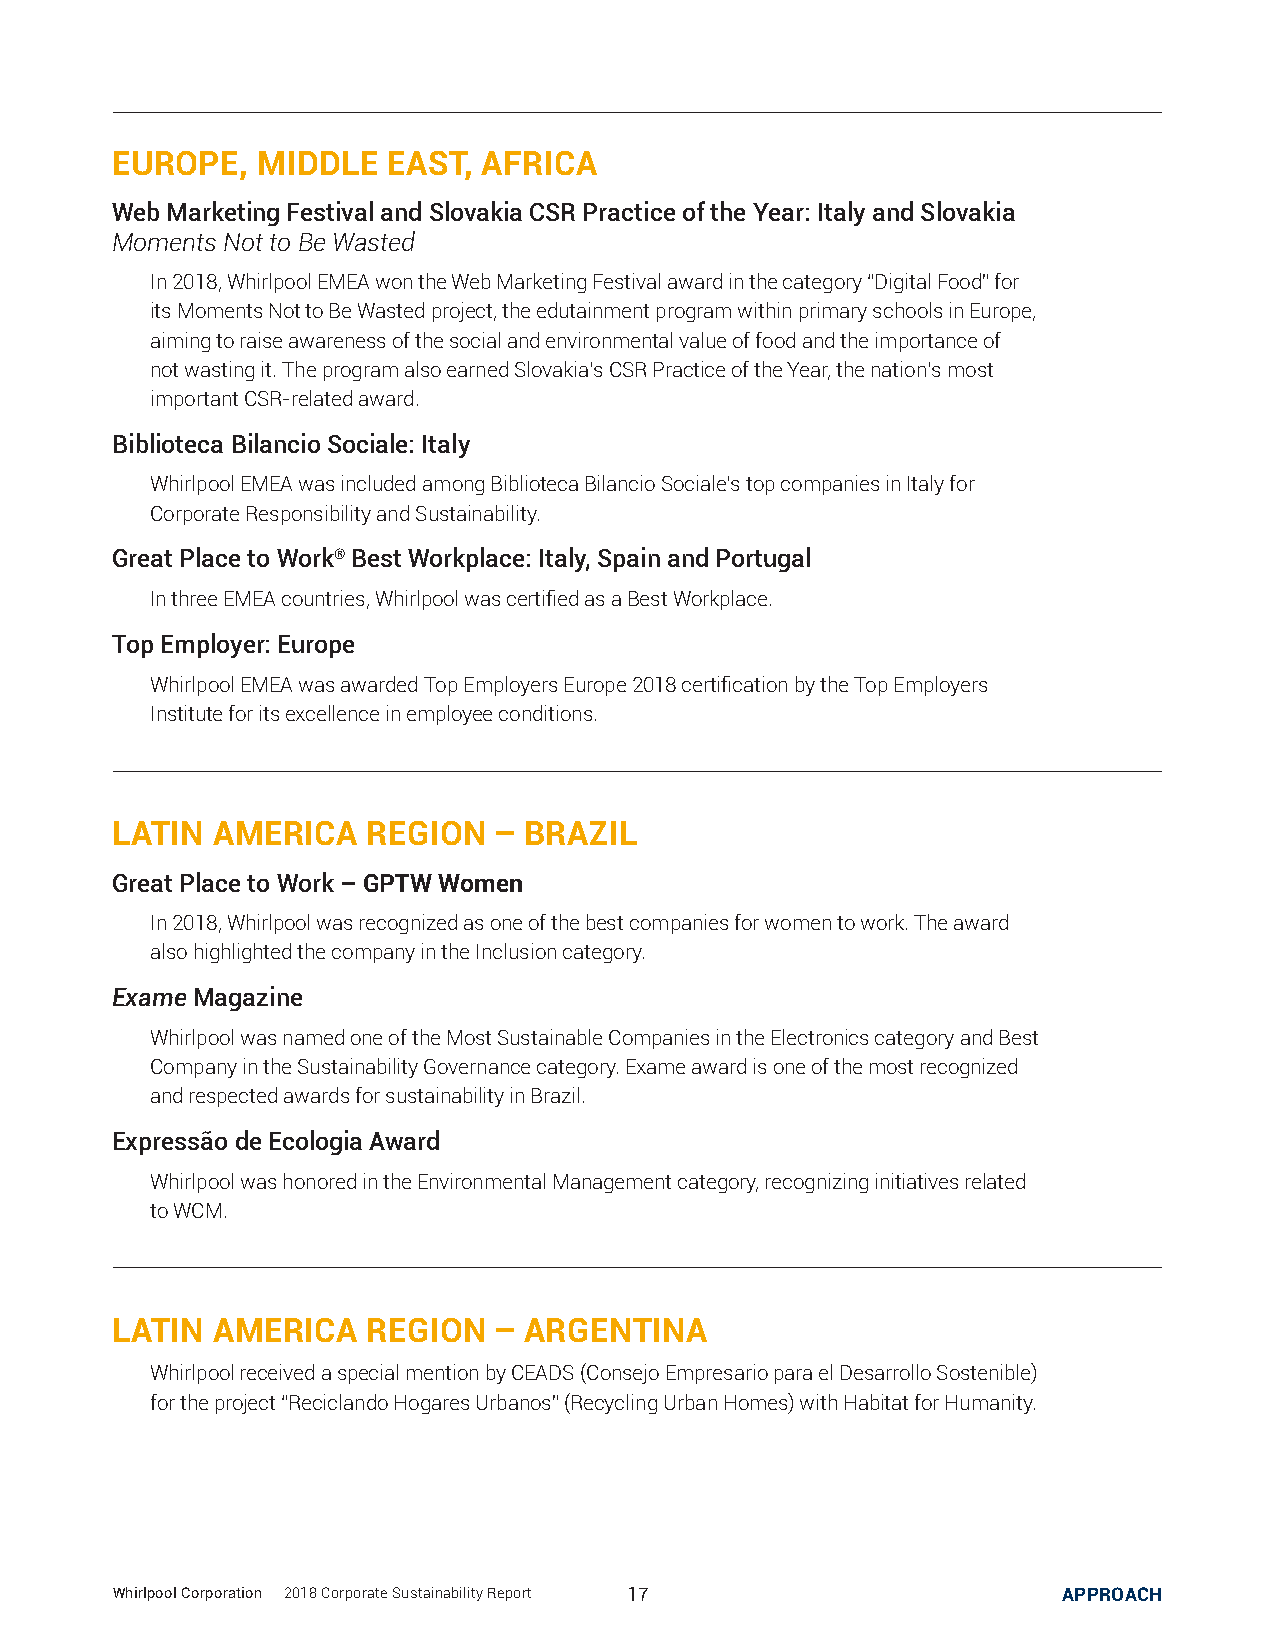
EUROPE,   MIDDLE   EAST, AFRICA
 Web Marketing Festival and Slovakia CSR Practice of the Year: Italy and Slovakia
 Moments Not to Be Wasted
 In 2018, Whirlpool EMEA won the Web Marketing Festival award in the category “Digital Food” for
 its Moments Not to Be Wasted project, the edutainment program within primary schools in Europe,
 aiming to raise awareness of the social and environmental value of food and the importance of
 not wasting it. The program also earned Slovakia’s CSR Practice of the Year, the nation’s most
 important CSR-related award.
 Biblioteca Bilancio Sociale: Italy
 Whirlpool EMEA was included among Biblioteca Bilancio Sociale’s top companies in Italy for
 Corporate Responsibility and Sustainability.
 Great Place to Work® Best Workplace: Italy, Spain and Portugal
 In three EMEA countries, Whirlpool was certified as a Best Workplace.
 Top Employer: Europe
 Whirlpool EMEA was awarded Top Employers Europe 2018 certification by the Top Employers
 Institute for its excellence in employee conditions.
 LATIN  AMERICA   REGION   – BRAZIL
 Great Place to Work – GPTW Women
 In 2018, Whirlpool was recognized as one of the best companies for women to work. The award
 also highlighted the company in the Inclusion category.
 Exame Magazine
 Whirlpool was named one of the Most Sustainable Companies in the Electronics category and Best
 Company in the Sustainability Governance category. Exame award is one of the most recognized
 and respected awards for sustainability in Brazil.
 Expressão de Ecologia Award
 Whirlpool was honored in the Environmental Management category, recognizing initiatives related
 to WCM.
 LATIN  AMERICA   REGION   – ARGENTINA
 Whirlpool received a special mention by CEADS (Consejo Empresario para el Desarrollo Sostenible)
 for the project “Reciclando Hogares Urbanos” (Recycling Urban Homes) with Habitat for Humanity.
 Whirlpool Corporation | 2018 Corporate Sustainability Report 17 APPROACH